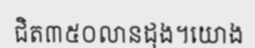
ជិត៣៥០លានដុង។យោង